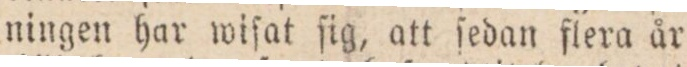
ningen har wiſat ſig, att ſedan flera år